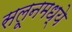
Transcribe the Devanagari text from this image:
सलूनमध्ये